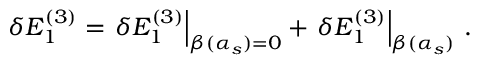
\delta E _ { 1 } ^ { ( 3 ) } = \left. \delta E _ { 1 } ^ { ( 3 ) } \right| _ { \beta ( \alpha _ { s } ) = 0 } + \left. \delta E _ { 1 } ^ { ( 3 ) } \right| _ { \beta ( \alpha _ { s } ) } \, .